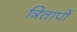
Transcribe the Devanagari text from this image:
त्रितापों